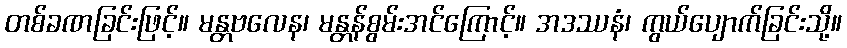
တစ်ခဏခြင်းဖြင့်။ မန္တဗလေန၊ မန္တန်စွမ်းအင်ကြောင့်။ အဒဿနံ၊ ကွယ်ပျောက်ခြင်းသို့။